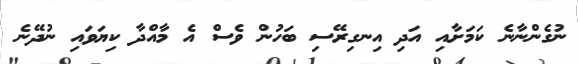
ނުގެންނާނެ ކަމަށާއި އަދި އިނގިރޭސި ބަހުން ވެސް އެ މާއްދާ ކިޔަވައި ނުދޭނެ